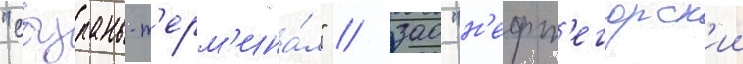
"сызрань-т'ерм'ина́л" / зао "н'ефт'егорск'ии